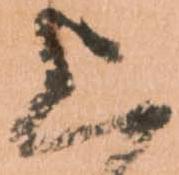
上